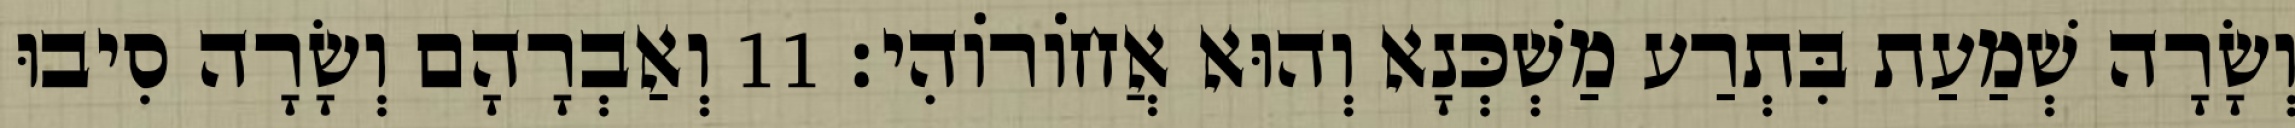
וְשָׂרָה שְׁמַעַת בִּתְרַע מַשְׁכְּנָא וְהוּא אֲחוֹרוֹהִי׃ 11 וְאַבְרָהָם וְשָׂרָה סִיבוּ